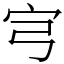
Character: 宆